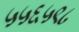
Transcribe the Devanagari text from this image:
५५६५९८